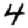
Digit: 4